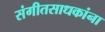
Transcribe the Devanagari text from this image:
संगीतसाधकांना